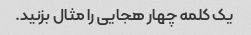
یک کلمه چهار هجایی را مثال بزنید.